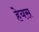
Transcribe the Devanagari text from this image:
हेयस